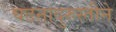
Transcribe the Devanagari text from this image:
घटनादुरुस्तीने